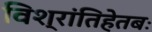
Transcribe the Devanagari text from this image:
विश्रांतिहेतबः